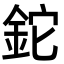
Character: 鉈